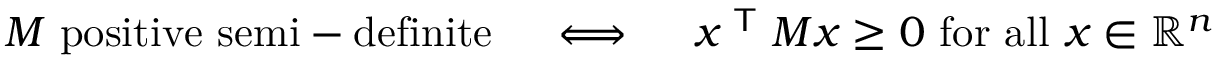
M { \mathrm { ~ p o s i t i v e ~ s e m i - d e f i n i t e } } \quad \iff \quad x ^ { \textsf { T } } M x \geq 0 { \mathrm { ~ f o r ~ a l l ~ } } x \in \mathbb { R } ^ { n }